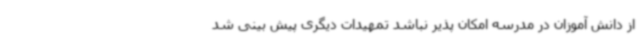
از دانش آموزان در مدرسه امکان پذیر نباشد تمهیدات دیگری پیش بینی شد